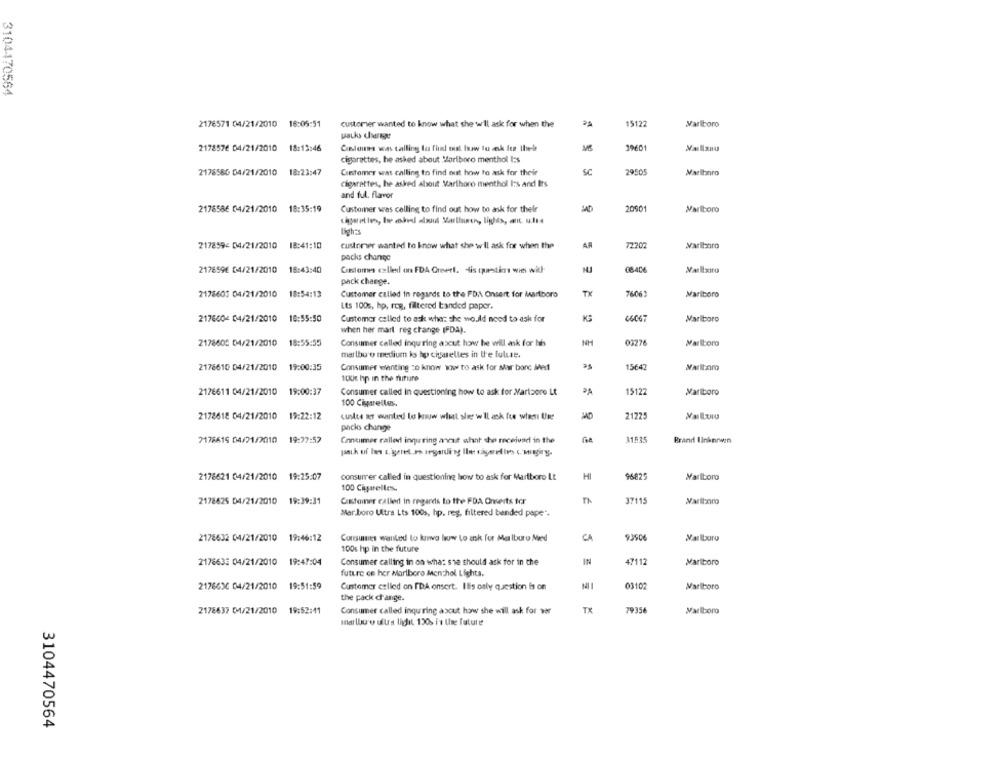
3104470564
2176571 04/21/2010 16:05:51
customer wanted to know what she w'll ask for when the
as
15122
Marlboro
2178576 04/21/2010 18:13:46
Contains was calling las fhd enst Iwww tu esk len the-le
20601
cigarettes, he asked about Marlboro menthol I:s
2178580 04/21/2010 18:23:47
Customer was calling to find out how to ask for their
SC
29505
Marlboro
cigarettes, he asked about Marthoro menthol I:s and Its
and ful. flavor
2176586 04/21/2010
18:35:19
Customer was calling to find out how to ask for their
20901
Marlboro
lights
217859- 04/21/2010
18:41:10
AR
Marlboro
customer wanted to know what she will ask for when the
packs change
2176596 04/21/2010
18:43:40
Customes ellel on FDA Creerl. dis questions wie wil-
NJ
pack change.
2178601 04/21/2010
18:54:13
Customer called in regards to the FDAA Onsert for Martiboro
TX
7606
Marlboro
Lts 100s, hp, reg, filtered banded paper.
2176004 04/21/2010
16:55:50
Customer called to ask what she wo.ild need to ask for
K
0606
Marlboro
when her mart reg change (FDA).
2178605 04/21/2010
18:55:55
Consumer called inquiring ascut how he will ask for his
NH
0327
Marlboro
marlboro medium is ho cigarettes in the lulue.
2176610 04/21/2010
19:00:35
15€42
Consumer wanting to know www to ask for Mar bonc Med
Marlboro
1008 hp in the future
2176611 04/21/2010
19:00:37
Consumer called in questioning how to ask for Marlaore Lt
15122
Marlboro
100 Cigarelles.
2178618 04/21/2010
19:22:12
custos Rt wanted to know witt sheet w Il ask fre when Uwe
21225
packs change
7178615 04/21/2010
19:27:52
Consumer called induring annat what the received in the
Ge
31535
Brand linknnwin
paik of Ins t. geret.Po Ingardi og Ileet cigenedie c. maging.
2178621 04/21/2010 19:25:07
consurrer called in questioning how to ask for Marlboro Lt
MI
96825
Marlboro
100 Ciparelless.
2178625 04/21/2010 19:39:31
Customer called in regards to the FDA Onserts tor
n
37115
Mar.boro Ultra Lts 100s, hp. reg, filtered bended pape".
2176632 04/21/2010 19:46:12
Consumes wanted to krva how to ask for Malburo Med
CA
93906
Marlboro
100s hp in the future
2176633 04/21/2010 19:47:04
Consumer calling in on what she should ask for in the
IN
47112
Marlboro
future ce her Marlboro Menthol Lights.
2176630 04/21/2010 19:51:59
Customer celled on IDA onsert. Ilis only question is on
03102
Marlboro
the pack change.
Consumer called inquiring about how she will ask for wr
TX
79356
Marlboro
2178637 04/21/2010 19:52:41
mer lbu-w ullrs lidit 120 is the future
3104470564